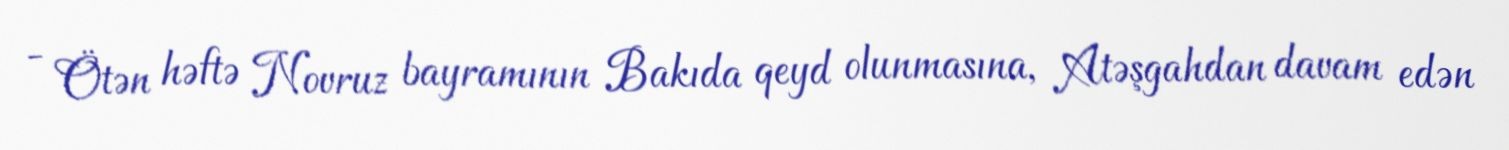
- Ötən həftə Novruz bayramının Bakıda qeyd olunmasına, Atəşgahdan davam edən